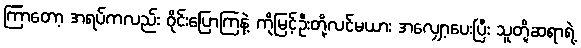
ကြာတော့ အရပ်ကလည်း ဝိုင်းပြောကြနဲ့ ကိုမြင့်ဦးတို့လင်မယား အလျှော့ပေးပြီး သူတို့ဆရာရဲ့